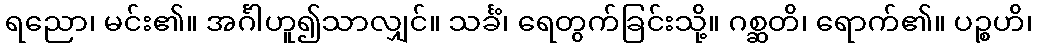
ရညော၊ မင်း၏။ အင်္ဂါဟူ၍သာလျှင်။ သင်္ခံ၊ ရေတွက်ခြင်းသို့။ ဂစ္ဆတိ၊ ရောက်၏။ ပဉ္စဟိ၊